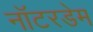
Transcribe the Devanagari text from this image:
नॉटरडेम